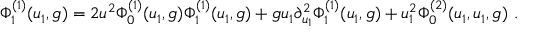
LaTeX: \Phi _ { 1 } ^ { ( 1 ) } ( u _ { 1 } , g ) = 2 u ^ { 2 } \Phi _ { 0 } ^ { ( 1 ) } ( u _ { 1 } , g ) \Phi _ { 1 } ^ { ( 1 ) } ( u _ { 1 } , g ) + g u _ { 1 } \partial _ { u _ { 1 } } ^ { 2 } \Phi _ { 1 } ^ { ( 1 ) } ( u _ { 1 } , g ) + u _ { 1 } ^ { 2 } \Phi _ { 0 } ^ { ( 2 ) } ( u _ { 1 } , u _ { 1 } , g ) \ .